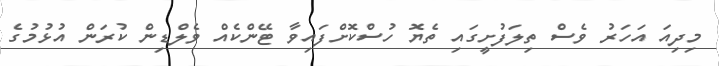
މިދިއަ އަހަރު ވެސް ތިލަފުށީގައި ތެޔޮ ހުސްކޮށްފައިވާ ޓޭންކެއް ވެލްޑިން ކުރަން އުޅުމުގެ